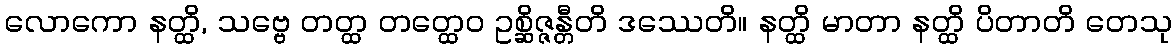
လောကော နတ္ထိ, သဗ္ဗေ တတ္ထ တတ္ထေဝ ဥစ္ဆိဇ္ဇန္တီတိ ဒဿေတိ။ နတ္ထိ မာတာ နတ္ထိ ပိတာတိ တေသု